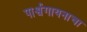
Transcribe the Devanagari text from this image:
पार्श्वगायनाचा